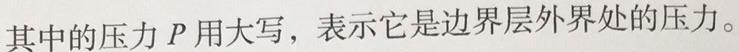
其中的压力$P$用大写，表示它是边界层外界处的压力。